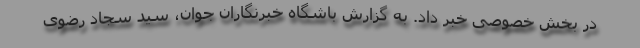
در بخش خصوصی خبر داد. به گزارش باشگاه خبرنگاران جوان، سید سجاد رضوی